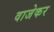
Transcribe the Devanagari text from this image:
वाजेकर